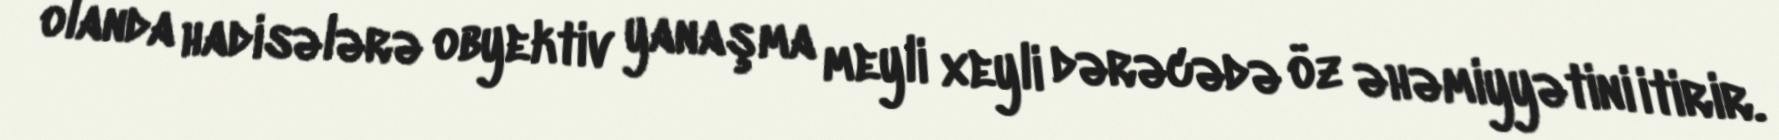
olanda hadisələrə obyektiv yanaşma meyli xeyli dərəcədə öz əhəmiyyətini itirir.